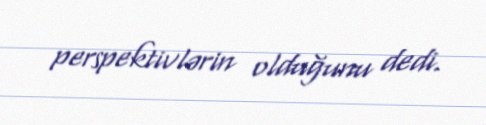
perspektivlərin olduğunu dedi.